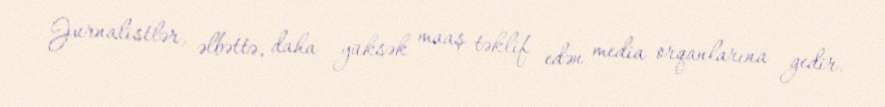
Jurnalistlər, əlbəttə, daha yüksək maaş təklif edən media orqanlarına gedir.